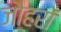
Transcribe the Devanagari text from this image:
जौहरों